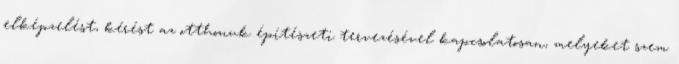
elképzelést, kérést az otthonuk építészeti tervezésével kapcsolatosan, melyeket szem